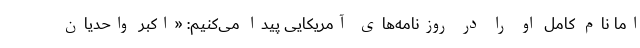
اما نام کامل او را در روزنامه‌های آمریکایی پیدا می‌کنیم: «اکبر واحدیان